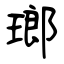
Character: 瑯